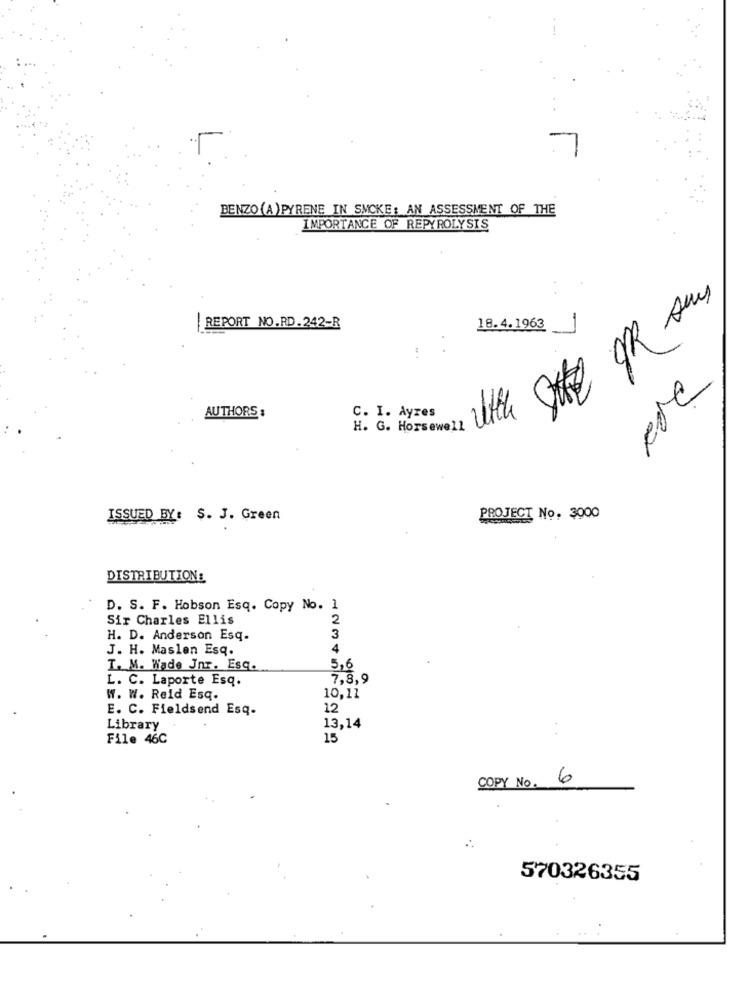
BENZO (A) PYRENE IN SMOKE: AN ASSESSMENT OF THE
IMPORTANCE OF REPYROLYSIS
REPORT NO.RD.242-R
18.4.1963
AUTHORS :
C. I. Ayres
H. G. Horsewell
ISSUED BY: $. J. Green
PROJECT No. 3000
DISTRIBUTION&
D. S. F. Hobson Esq. Copy No. 1
Sir Charles Ellis
2
H. D. Anderson Esq-
3
J. H. Maslen Esq.
4
T. M. Wade Jnr. Esq.
5,6
L. C. Laporte Esq.
7,8,9
W. W. Reid Esq.
10,11
E. C. Fieldsend Esq.
12
Library
13,14
File 46C
15
..
COPY No. 6
570326355